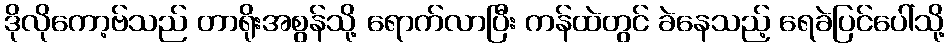
ဒိုလိုကော့ဗ်သည် တာရိုးအစွန်သို့ ရောက်လာပြီး ကန်ထဲတွင် ခဲနေသည့် ရေခဲပြင်ပေါ်သို့